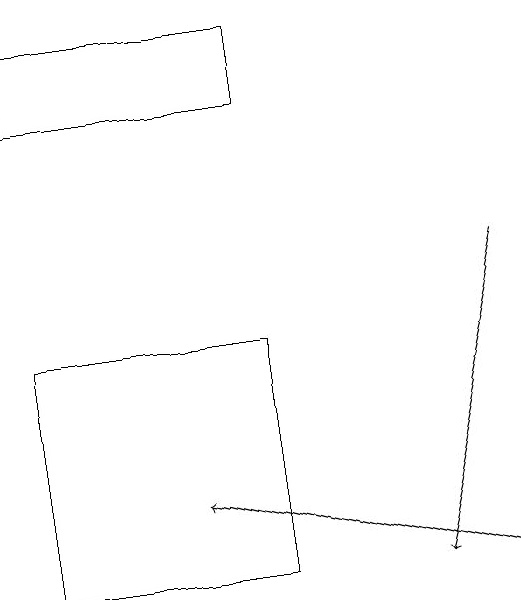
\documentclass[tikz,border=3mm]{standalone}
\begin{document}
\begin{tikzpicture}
\draw[->] (6,16) -- (5,12);
\draw (3,12) rectangle (0,15);
\draw[->] (6,12) -- (2,13);
\draw (0,18) rectangle (3,19);
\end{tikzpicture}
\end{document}